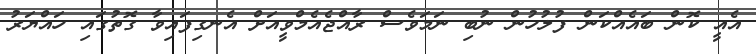
އެއީ ކޮން ބައެއްކަން ފުލުހުން ނުބި ނަމަވެސް ރާއްޖެއެމްވީއަށް އެނގިފައިވާ ގޮތުގައި ހައްޔަރު